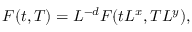
F ( t , T ) = L ^ { - d } F ( t L ^ { x } , T L ^ { y } ) ,